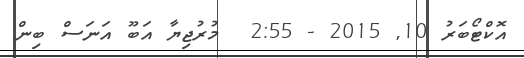
އޮކްޓޯބަރު 10